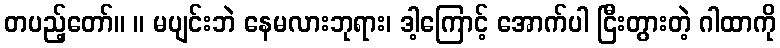
တပည့်တော်။ ။ မပျင်းဘဲ နေမလားဘုရား၊ ဒါ့ကြောင့် အောက်ပါ ငြီးတွားတဲ့ ဂါထာကို